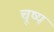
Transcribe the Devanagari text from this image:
चूष्य